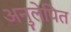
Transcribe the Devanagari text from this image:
अनुलेपित